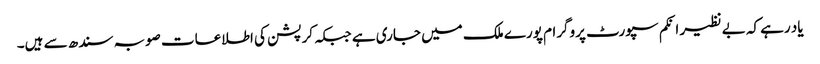
یاد رہے کہ بے نظیر انکم سپورٹ پروگرام پورے ملک میں جاری ہے جبکہ کرپشن کی اطلاعات صوبہ سندھ سے ہیں۔